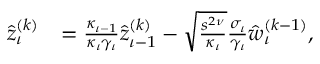
\begin{array} { r l } { \hat { z } _ { \iota } ^ { ( k ) } } & { = \frac { \kappa _ { { \iota } - 1 } } { \kappa _ { \iota } \gamma _ { \iota } } \hat { z } _ { { \iota } - 1 } ^ { ( k ) } - \sqrt { \frac { s ^ { 2 \nu } } { \kappa _ { \iota } } } \frac { \sigma _ { \iota } } { \gamma _ { \iota } } \hat { w } _ { \iota } ^ { ( k - 1 ) } , } \end{array}